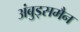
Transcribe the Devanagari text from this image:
अंबुड्समैन